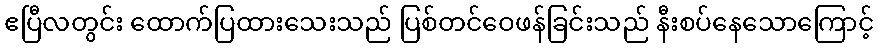
ဧပြီလတွင်း ထောက်ပြထားသေးသည် ပြစ်တင်ဝေဖန်ခြင်းသည် နီးစပ်နေသောကြောင့်